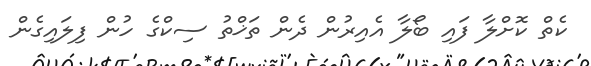
ކެތް ކޮށްލާ ފައި ބޯލާ އެއިރުން ދެން ތަޚްތު ސިކްގެ ހުން ފިލައިގެން